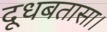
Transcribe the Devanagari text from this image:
दूधबतासा।